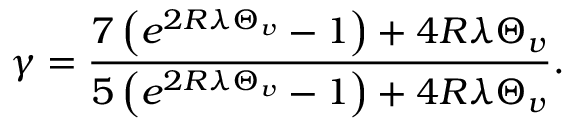
\gamma = \frac { 7 \left( e ^ { 2 R \lambda \Theta _ { v } } - 1 \right) + 4 R \lambda \Theta _ { v } } { 5 \left( e ^ { 2 R \lambda \Theta _ { v } } - 1 \right) + 4 R \lambda \Theta _ { v } } .